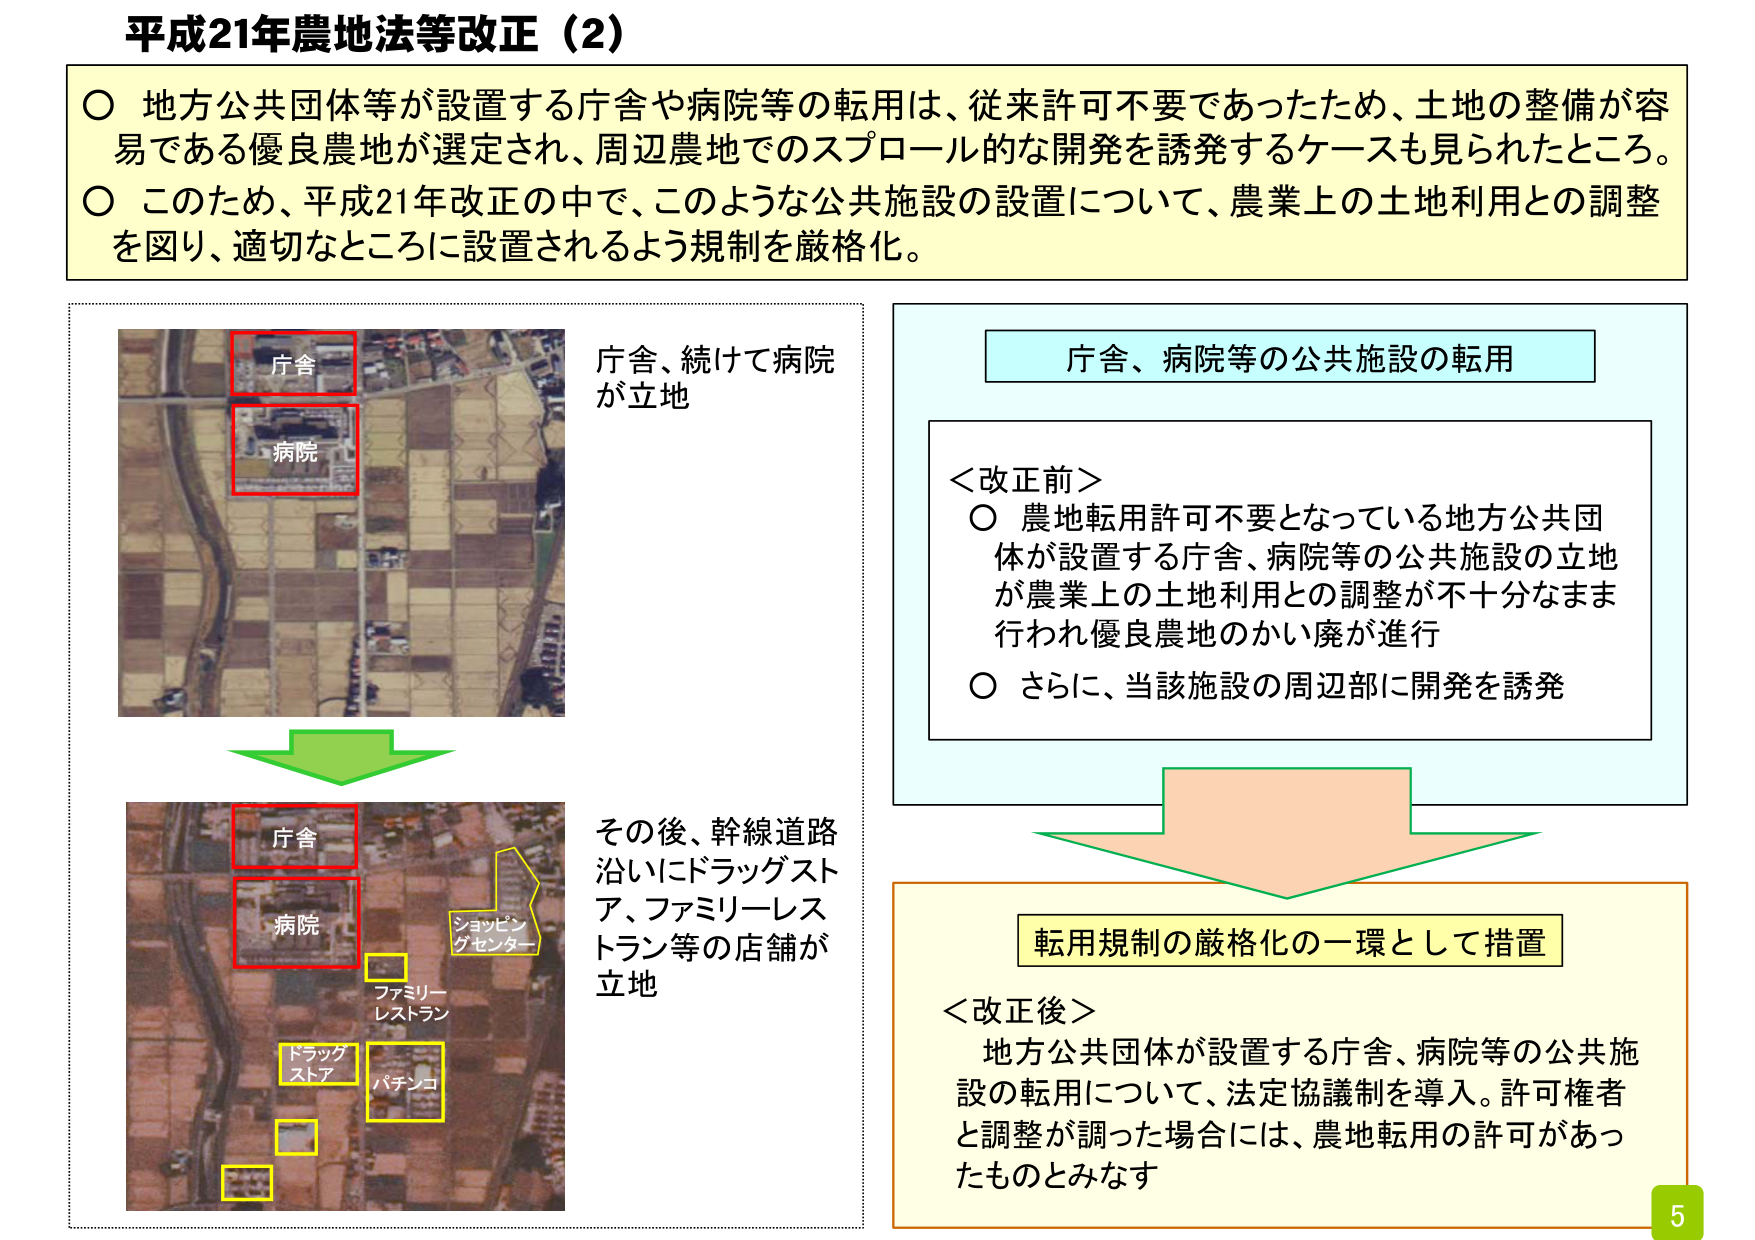
平成21年農地法等改正（2）

○ 地方公共団体等が設置する庁舎や病院等の転用は、従来許可不要であったため、土地の整備が容易である優良農地が選定され、周辺農地でのスプロール的な開発を誘発するケースも見られたところ。
○ このため、平成21年改正の中で、このような公共施設の設置について、農業上の土地利用との調整を図り、適切なところに設置されるよう規制を厳格化。

庁舎、続けて病院が立地

庁舎
病院

その後、幹線道路沿いにドラッグストア、ファミリーレストラン等の店舗が立地

庁舎
病院
ショッピングセンター
ファミリーレストラン
ドラッグストア
パチンコ

庁舎、病院等の公共施設の転用

＜改正前＞
○ 農地転用許可不要となっている地方公共団体が設置する庁舎、病院等の公共施設の立地が農業上の土地利用との調整が不十分なまま行われ優良農地のかい廃が進行
○ さらに、当該施設の周辺部に開発を誘発

転用規制の厳格化の一環として措置

＜改正後＞
地方公共団体が設置する庁舎、病院等の公共施設の転用について、法定協議制を導入。許可権者と調整が調った場合には、農地転用の許可があったものとみなす

5